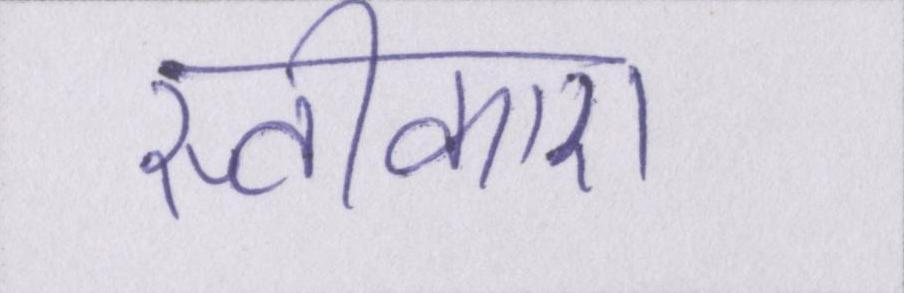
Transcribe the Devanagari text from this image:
स्वीकारा